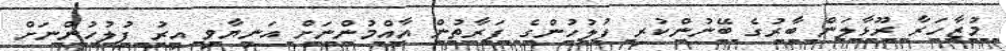
މުޒާހަރާ ރޫޅާލަން ބާރުގެ ބޭނުންކުރި ފުލުހުންގެ ފަރާތުން އާއްމުންނަށް އަނިޔާވި އިރު ފުލުހުންނަށް